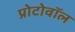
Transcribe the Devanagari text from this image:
प्रोटोवॉल